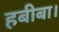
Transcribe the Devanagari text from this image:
हबीबा।